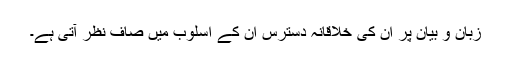
زبان و بیان پر ان کی خلاقانہ دسترس ان کے اسلوب میں صاف نظر آتی ہے۔